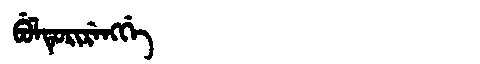
Manchu: ᠪᡠᠯᡨᡠᡵᡳᡵᡝᠩᡤᡝ
Romanization: BULTURIRENGGE